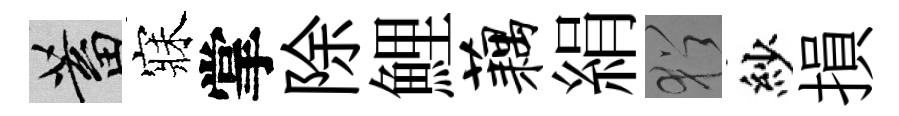
蓄寐掌除鯉藕絹猶紗損